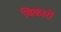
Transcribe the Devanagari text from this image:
विकारों